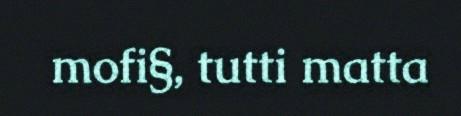
mofi§, tutti matta